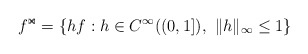
\begin{align*} f^{\Join}=\{hf:h\in C^\infty((0,1]),\,\,\|h\|_{\infty}\le 1\}\end{align*}